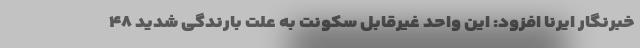
خبرنگار ایرنا افزود: این واحد غیرقابل سکونت به علت بارندگی شدید ۴۸